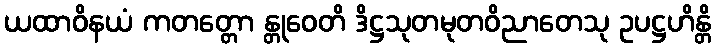
ယထာဝိနယံ ကတတ္တော န္တုဝေတိ ဒိဋ္ဌသုတမုတဝိညာတေသု ဥပဋ္ဌဟိန္တိ